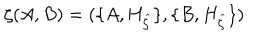
\zeta ( A , B ) = ( \{ A , H _ { \widehat { \zeta } } \} , \{ B , H _ { \widehat { \zeta } } \} ) \,